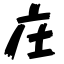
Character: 庄